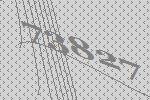
73827